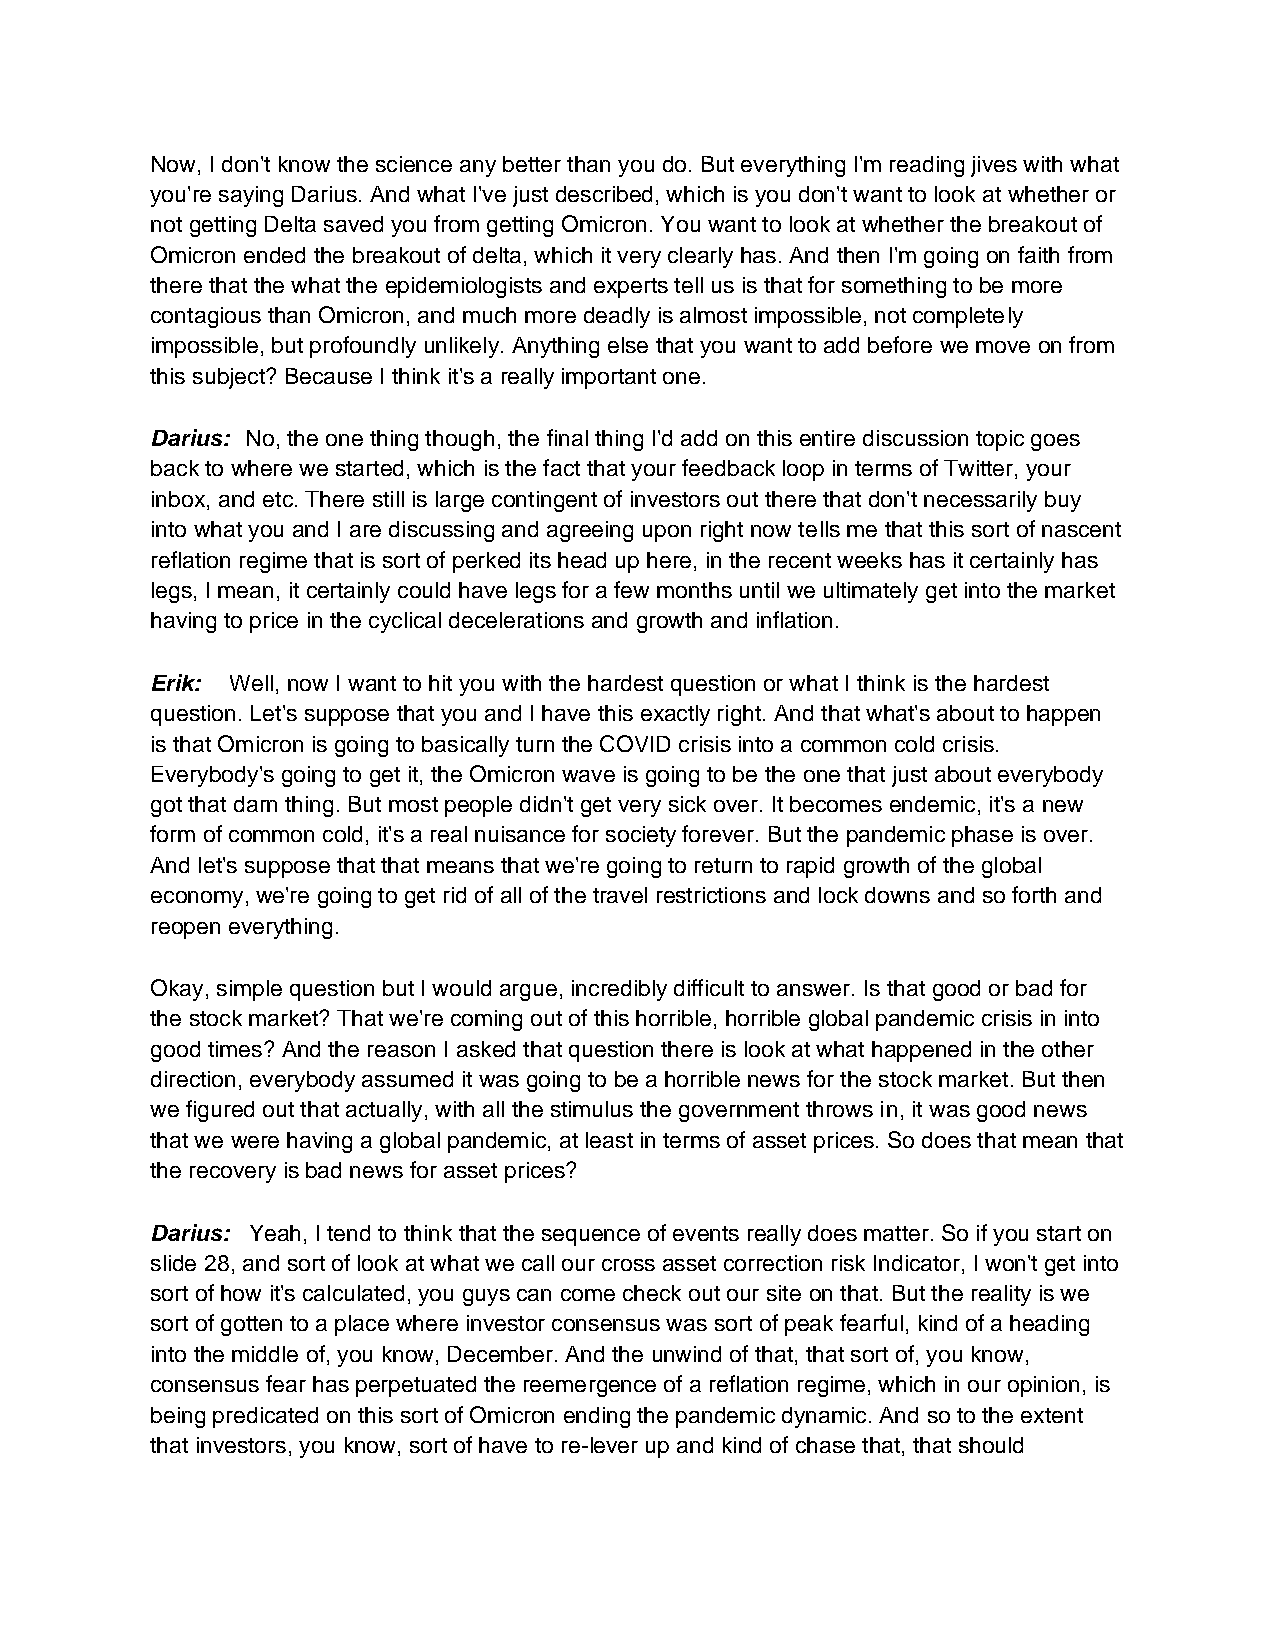
Now, I don't know the science any better than you do. But everything I'm reading jives with what
 you're saying Darius. And what I've just described, which is you don't want to look at whether or
 not getting Delta saved you from getting Omicron. You want to look at whether the breakout of
 Omicron ended the breakout of delta, which it very clearly has. And then I'm going on faith from
 there that the what the epidemiologists and experts tell us is that for something to be more
 contagious than Omicron, and much more deadly is almost impossible, not completely
 impossible, but profoundly unlikely. Anything else that you want to add before we move on from
 this subject? Because I think it's a really important one.
 Darius: No, the one thing though, the final thing I'd add on this entire discussion topic goes
 back to where we started, which is the fact that your feedback loop in terms of Twitter, your
 inbox, and etc. There still is large contingent of investors out there that don't necessarily buy
 into what you and I are discussing and agreeing upon right now tells me that this sort of nascent
 reflation regime that is sort of perked its head up here, in the recent weeks has it certainly has
 legs, I mean, it certainly could have legs for a few months until we ultimately get into the market
 having to price in the cyclical decelerations and growth and inflation.
 Erik: Well, now I want to hit you with the hardest question or what I think is the hardest
 question. Let's suppose that you and I have this exactly right. And that what's about to happen
 is that Omicron is going to basically turn the COVID crisis into a common cold crisis.
 Everybody's going to get it, the Omicron wave is going to be the one that just about everybody
 got that darn thing. But most people didn't get very sick over. It becomes endemic, it's a new
 form of common cold, it's a real nuisance for society forever. But the pandemic phase is over.
 And let's suppose that that means that we're going to return to rapid growth of the global
 economy, we're going to get rid of all of the travel restrictions and lock downs and so forth and
 reopen everything.
 Okay, simple question but I would argue, incredibly difficult to answer. Is that good or bad for
 the stock market? That we're coming out of this horrible, horrible global pandemic crisis in into
 good times? And the reason I asked that question there is look at what happened in the other
 direction, everybody assumed it was going to be a horrible news for the stock market. But then
 we figured out that actually, with all the stimulus the government throws in, it was good news
 that we were having a global pandemic, at least in terms of asset prices. So does that mean that
 the recovery is bad news for asset prices?
 Darius: Yeah, I tend to think that the sequence of events really does matter. So if you start on
 slide 28, and sort of look at what we call our cross asset correction risk Indicator, I won't get into
 sort of how it's calculated, you guys can come check out our site on that. But the reality is we
 sort of gotten to a place where investor consensus was sort of peak fearful, kind of a heading
 into the middle of, you know, December. And the unwind of that, that sort of, you know,
 consensus fear has perpetuated the reemergence of a reflation regime, which in our opinion, is
 being predicated on this sort of Omicron ending the pandemic dynamic. And so to the extent
 that investors, you know, sort of have to re-lever up and kind of chase that, that should